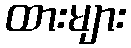
ထားများ